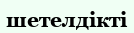
шетелдікті